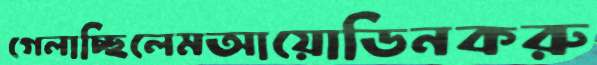
গেলাচ্ছিলেমআয়োডিনকরু